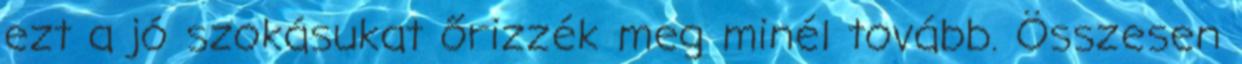
ezt a jó szokásukat őrizzék meg minél tovább. Összesen